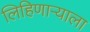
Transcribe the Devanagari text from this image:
लिहिणाऱ्याला